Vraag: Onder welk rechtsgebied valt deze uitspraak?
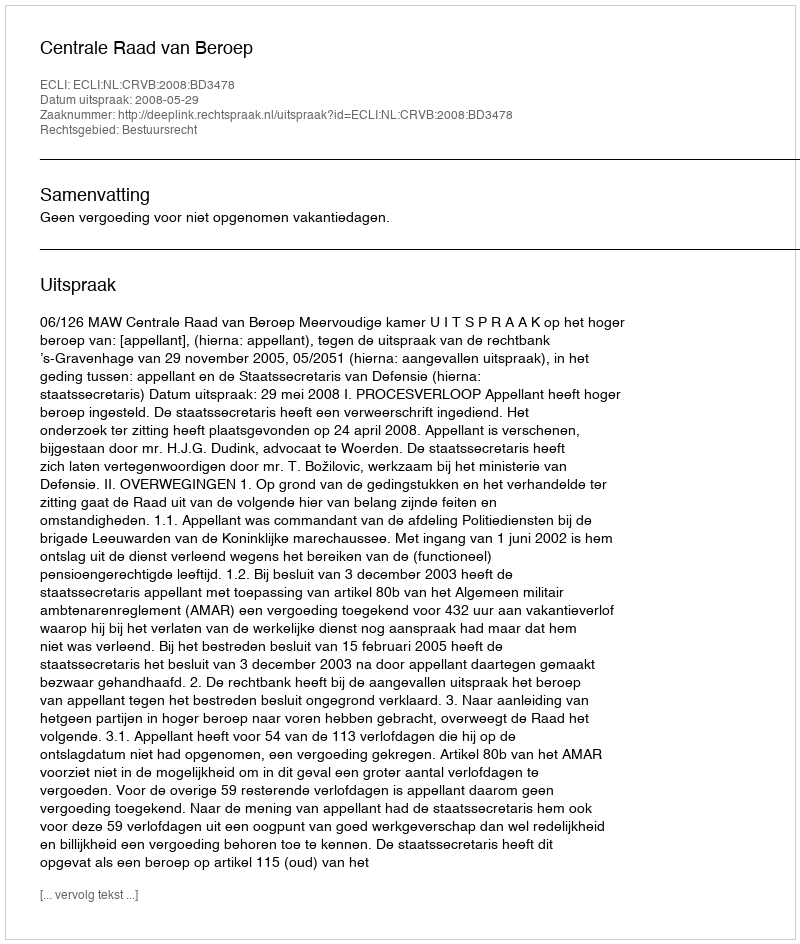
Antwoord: Bestuursrecht